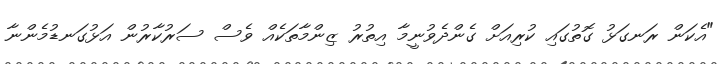
"އެކަން ރަނގަޅު ގޮތުގައި ކުރިއަށް ގެންދެވުނީމާ އިތުރު ޒިންމާތަކެއް ވެސް ސަރުކާރުން އަޅުގަނޑުމެންނާ